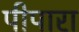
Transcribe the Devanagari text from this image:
पीपारा